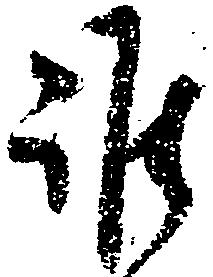
誰